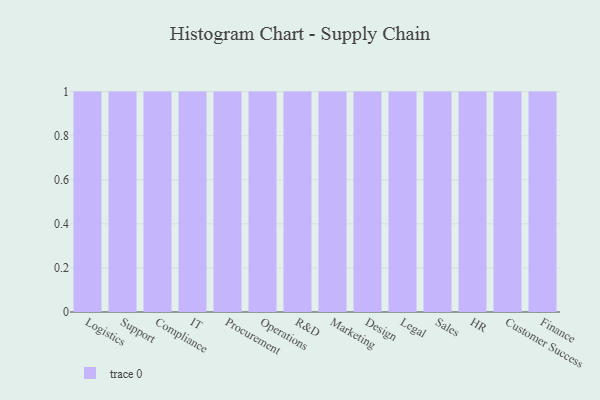
{"axis": {"x": "Department", "y": "Satisfaction Score"}, "legend": [""], "data": [{"x": "Logistics", "y": 56, "type": ""}, {"x": "Support", "y": 25, "type": ""}, {"x": "Compliance", "y": 5, "type": ""}, {"x": "IT", "y": 69, "type": ""}, {"x": "Procurement", "y": 78, "type": ""}, {"x": "Operations", "y": 38, "type": ""}, {"x": "R&D", "y": 24, "type": ""}, {"x": "Marketing", "y": 28, "type": ""}, {"x": "Design", "y": 82, "type": ""}, {"x": "Legal", "y": 23, "type": ""}, {"x": "Sales", "y": 64, "type": ""}, {"x": "HR", "y": 92, "type": ""}, {"x": "Customer Success", "y": 17, "type": ""}, {"x": "Finance", "y": 41, "type": ""}]}